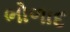
ભોળાદ